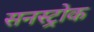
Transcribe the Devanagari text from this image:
सनस्ट्रोक